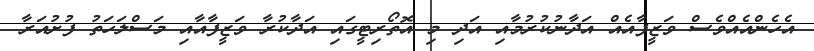
އެހެންއެއްވެސް ވަޒީފާއެއް އަދާނުކުރުމާއި އަދި މި އޮތޯރިޓީގައި އަދާކުރާ ވަޒީފާއާއި މަސްލަހަތު ފުށުއަރާ